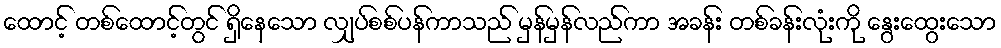
ထောင့် တစ်ထောင့်တွင် ရှိနေသော လျှပ်စစ်ပန်ကာသည် မှန်မှန်လည်ကာ အခန်း တစ်ခန်းလုံးကို နွေးထွေးသော